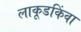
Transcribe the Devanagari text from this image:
लाकूडकिंवा